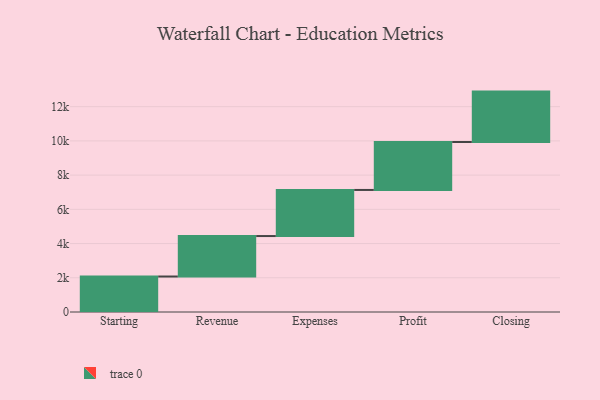
{"axis": {"x": "Step", "y": "Value"}, "legend": [""], "data": [{"x": "Starting", "y": 2074.0, "type": ""}, {"x": "Revenue", "y": 2365.0, "type": ""}, {"x": "Expenses", "y": 2694.0, "type": ""}, {"x": "Profit", "y": 2802.0, "type": ""}, {"x": "Closing", "y": 2946.0, "type": ""}]}